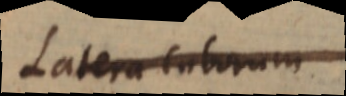
Latera laborum